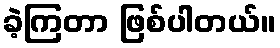
ခဲ့ကြတာ ဖြစ်ပါတယ်။